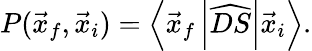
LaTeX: P(\vec{x}_{f},\vec{x}_{i})=\left\langle\vec{x}_{f}\left|\widehat{DS}\right|\vec{x}_{i}\right\rangle.